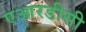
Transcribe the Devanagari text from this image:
एआरडीसी